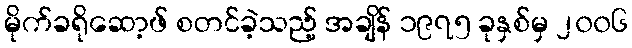
မိုက်ခရိုဆော့ဖ် စတင်ခဲ့သည့် အချိန် ၁၉၇၅ ခုနှစ်မှ ၂၀၀၆